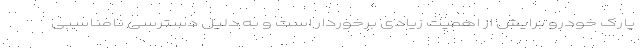
پارک خودرو برایش از اهمیت زیادی برخوردار است و به دلیل دسترسی نامناسبی